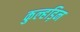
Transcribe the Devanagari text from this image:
कुल्‍हड़िन